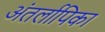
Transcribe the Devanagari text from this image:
अंतर्लापिका